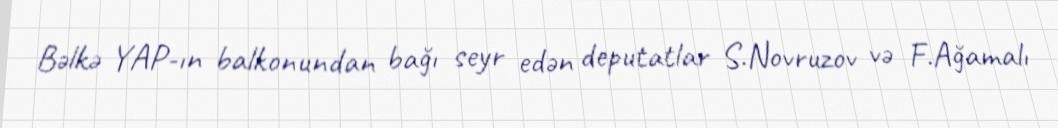
Bəlkə YAP-ın balkonundan bağı seyr edən deputatlar S.Novruzov və F.Ağamalı